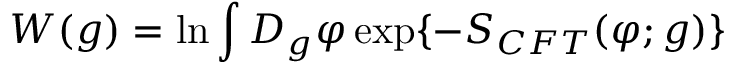
W ( g ) = \ln \int D _ { g } \varphi \exp \{ - S _ { C F T } ( \varphi ; g ) \}